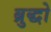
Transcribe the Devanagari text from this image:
ब्रुद्धो